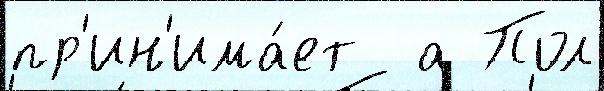
пр'ин'има́ет  а Пол